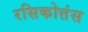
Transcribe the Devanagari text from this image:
रसिकोत्तंस